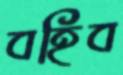
বহিব